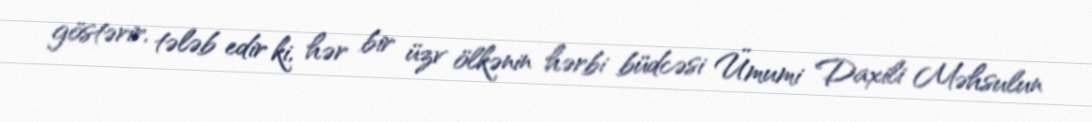
göstərir, tələb edir ki, hər bir üzv ölkənin hərbi büdcəsi Ümumi Daxili Məhsulun